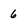
Character: 6